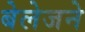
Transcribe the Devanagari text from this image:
बेलेजने